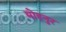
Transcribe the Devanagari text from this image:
मोहनुर